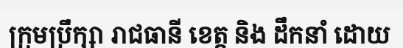
ក្រុមប្រឹក្សា រាជធានី ខេត្ត និង ដឹកនាំ ដោយ